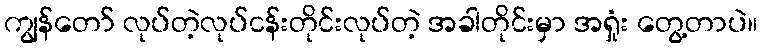
ကျွန်တော် လုပ်တဲ့လုပ်ငန်းတိုင်းလုပ်တဲ့ အခါတိုင်းမှာ အရှုံး တွေ့တာပဲ။